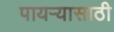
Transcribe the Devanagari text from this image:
पायऱ्यासाठी